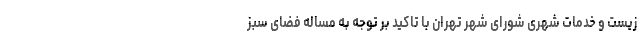
زیست و خدمات شهری شورای شهر تهران با تاکید بر توجه به مساله فضای سبز